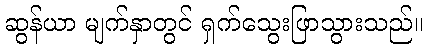
ဆွန်ယာ မျက်နှာတွင် ရှက်သွေးဖြာသွားသည်။